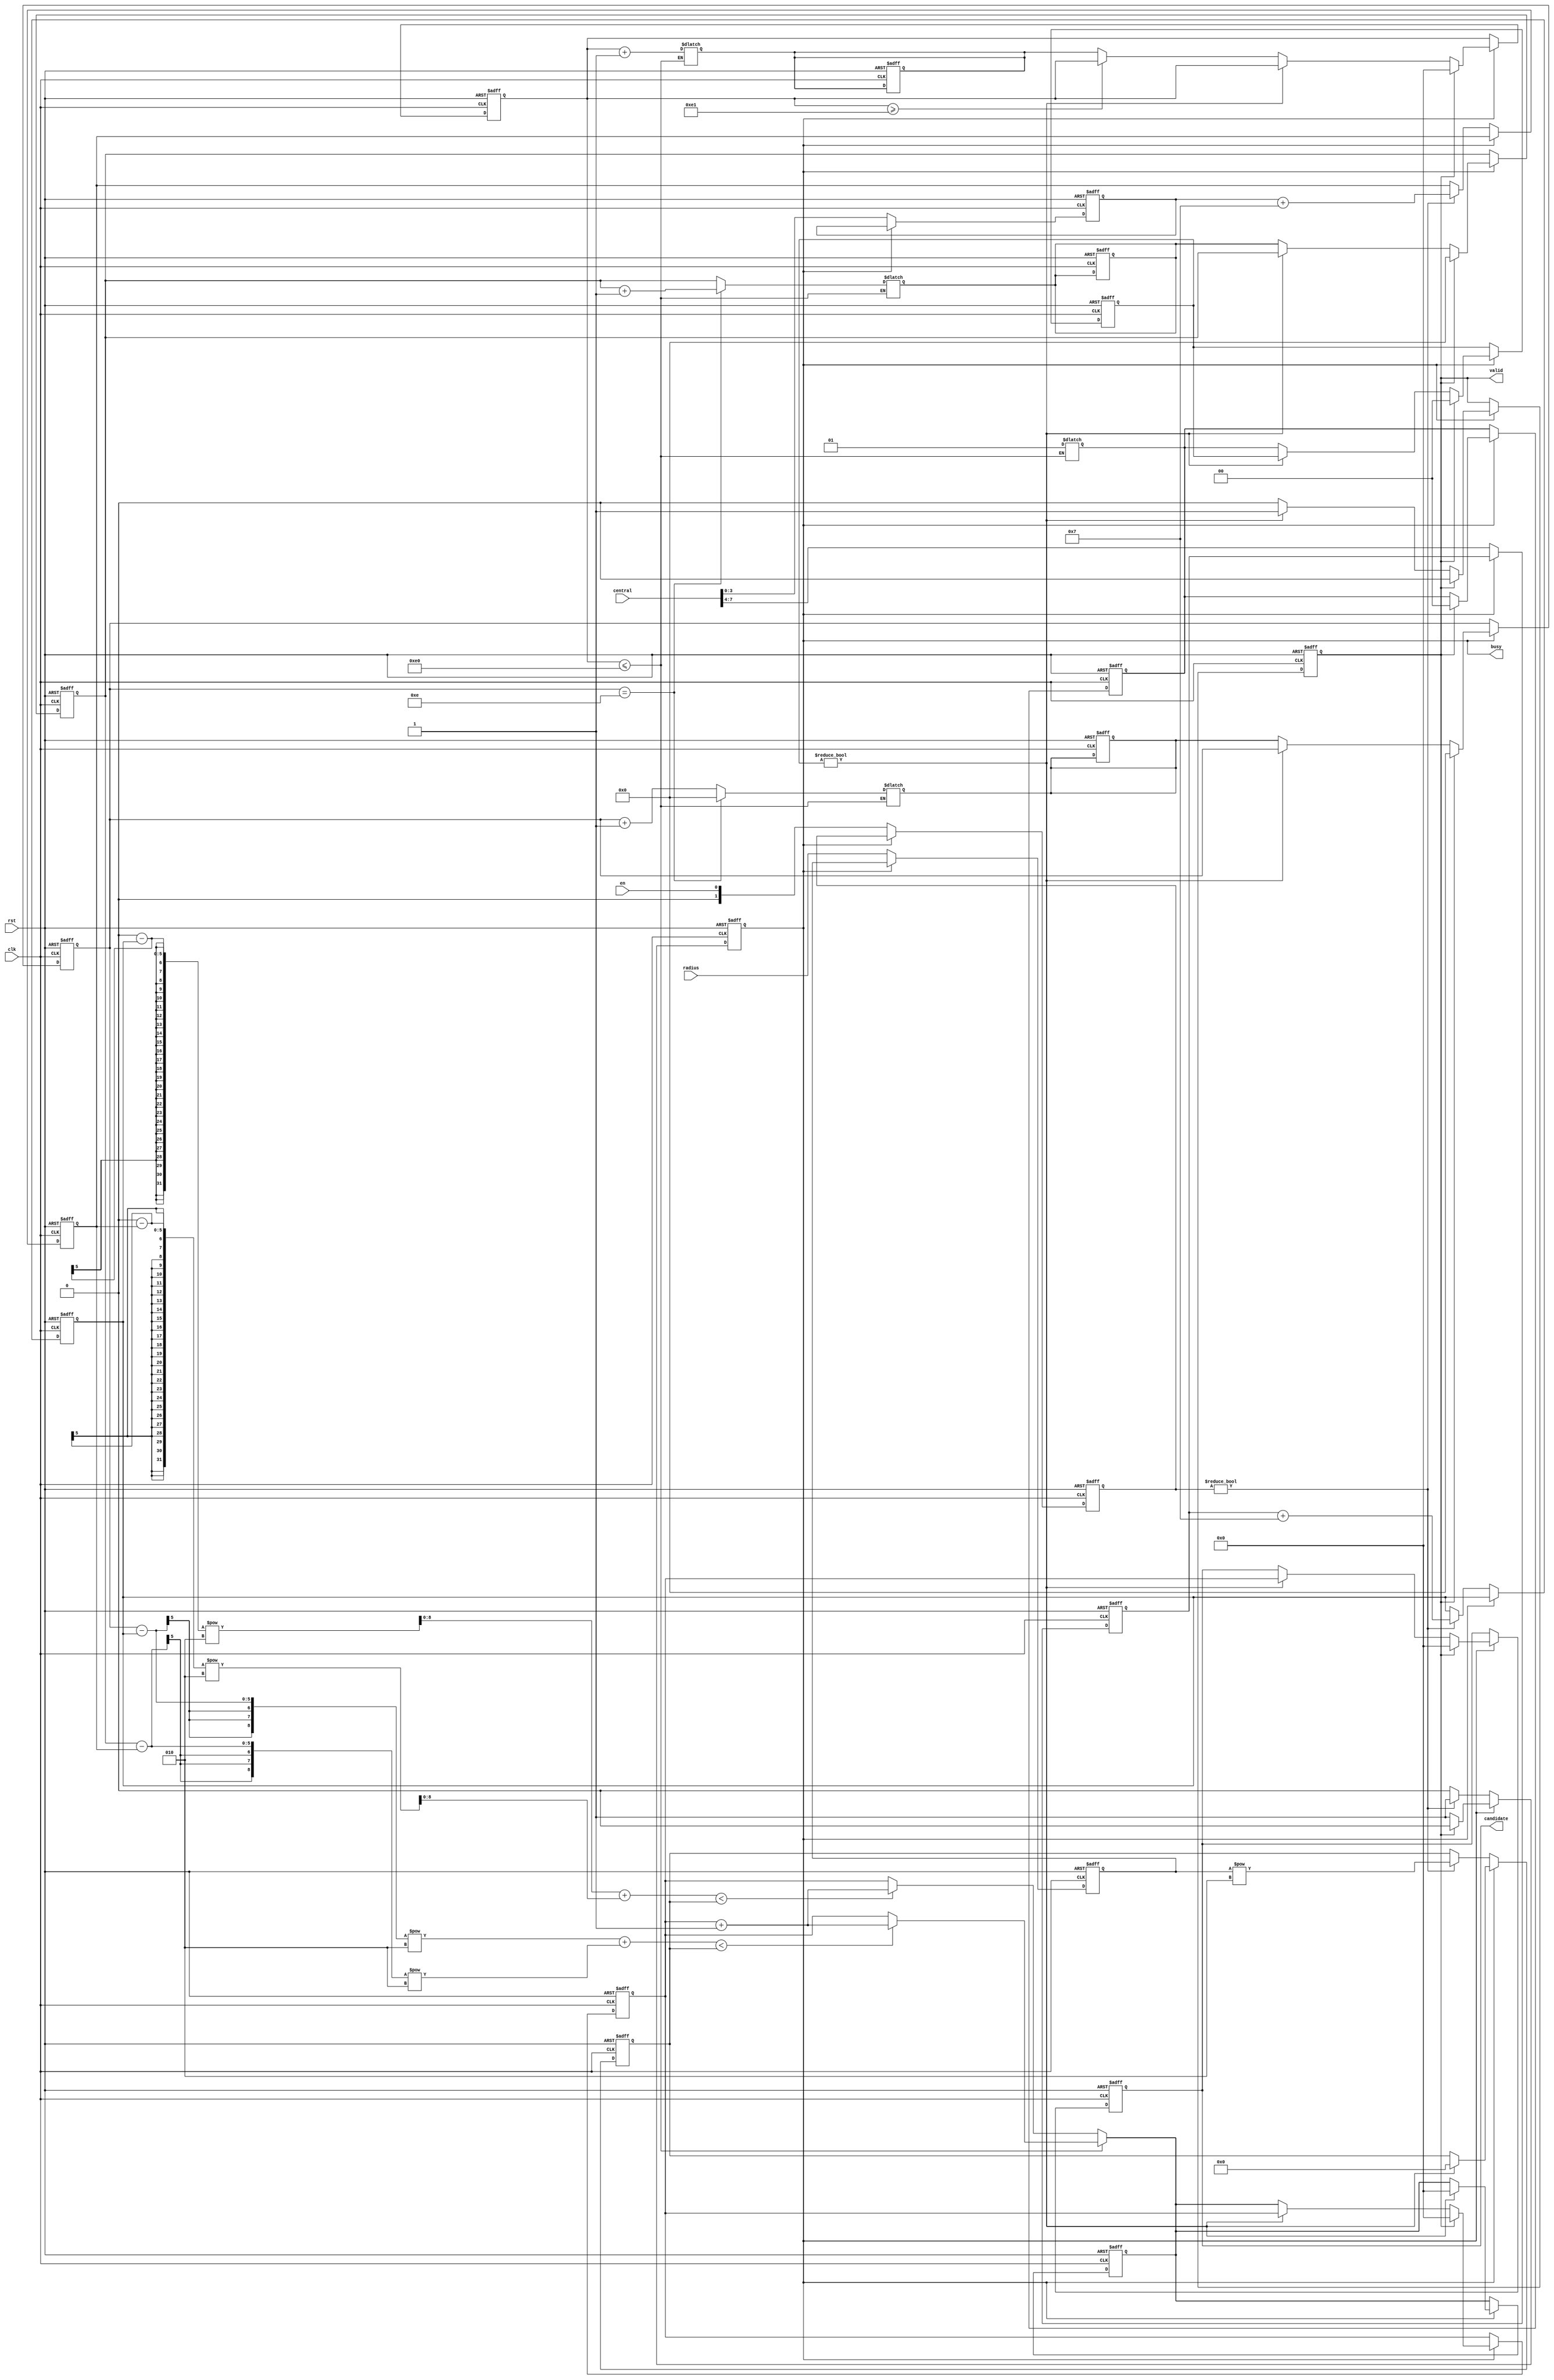
module SET ( clk , rst, en, central, radius, busy, valid, candidate );

input clk, rst;
input en; // i/p data is valid
input [7:0] central;
input [3:0] radius;
output busy;
output valid;
output [7:0] candidate;

//-----wire/reg declaration-------------

reg [7:0] candidate,k,h;
reg busy;
reg valid;
reg [7:0] sum;
reg signed[3:0] tmpX,tmpY;
reg signed[4:0] sX,sY;
reg [1:0] done,nextDone;
reg [3:0] tmpR;
reg [8:0] rSquare,dis;
integer c=0;
reg [1:0] enable;
reg [3:0] i,j,nexti,nextj;
reg [7:0] nextk,nextSum,nexth;

//---------------------------------
//      combinational part
//---------------------------------
always@(k)begin
           
    if(k<=224)begin
       
        dis = ((i-sX)**2+(j-sY)**2);
        if(dis < rSquare)nextSum = sum + 1;       
        else nextSum = sum ;
        
        nexti = (i==14)?  0  : i+1 ;
        nextj = (i==14)? j+1 : j   ;
        nextk = k + 1;       
    end 
    else begin
        //$display("nextDone");
        dis = ((0-sX)**2+(0-sY)**2);
        if(dis < rSquare)nextSum = sum + 1;       
        else nextSum = sum ;
        nextDone = 1;
    end
end

//---------------------------------
//      sequential part
//---------------------------------
always@(posedge clk or posedge rst)
begin

    if(rst) begin
    rSquare    <= 0;
    sX         <= 0;
    sY         <= 0;
    i          <= 1;
    j          <= 0;
    k          <= 0;
    valid      <= 0;
    candidate  <= 0;
    sum        <= 0;
    busy       <= 0;
    tmpX       <= 0;
    tmpY       <= 0;
    tmpR       <= 0;
    dis        <= 0;
    h          <= 0;
    nexth      <= 0;
    enable     <= 0;
    nexti      <= 1;
    nextj      <= 0;
    nextk      <= 1;
    nextSum    <= 0;
    nexth      <= 0;    
    done       <= 0;
    nextDone   <= 0;        
    end 
    else begin //not reset
      if(!busy)begin
      enable <= en;
      tmpX <= central[7:4];
      tmpY <= central[3:0];
      tmpR <= radius[3:0];
        if(enable)begin
            sX <= tmpX + 7;
            sY <= tmpY + 7;
            rSquare <= tmpR**2;
            busy <= 1;
        end
        else begin
            sX <= sX;
            sY <= sY;
            rSquare <= rSquare;
            busy <= 0;
        end
      end
      else begin//busy
         
         if(done)begin
         valid     <= 1;
         candidate <= sum;
         nextSum   <= 0;
         dis    <= 0;
         rSquare<=0;
         end
         //sequential
         else begin//not done
         i   <= nexti;
         j   <= nextj;   
         k   <= (k>=225)? k : nextk; 
         sum <= nextSum;
         done<= nextDone;       
         end

         if(valid)begin
         k  <= 0;
         i  <= 0;
         j  <= 0;
         busy  <= 0;
         valid <= 0;
         candidate <= 0;
         sum       <= 0;
         done   <= 0;
         nextDone<= 0;
         end 
      end
    end
end
endmodule